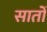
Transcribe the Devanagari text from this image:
सातोँ